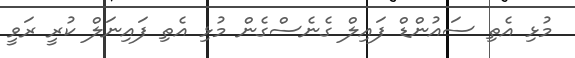
މުޅި އެތި ސައުންޑް ފައިލް ގެނެސްގެން މުޅި އެތި ފައިނަލް ކުރީ ރަވީ